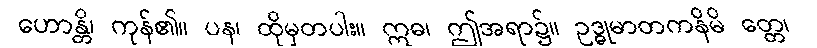
ဟောန္တိ၊ ကုန်၏။ ပန၊ ထိုမှတပါး။ ဣဓ၊ ဤအရာ၌။ ဥဒ္ဓုမာတကနိမိ တ္တေ၊